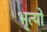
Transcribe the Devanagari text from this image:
भृत्यो